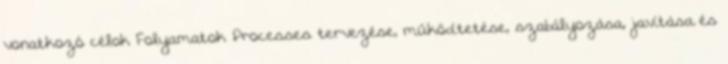
vonatkozó célok Folyamatok Processes tervezése, működtetése, szabályozása, javítása és